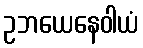
ဥဘယေနေဝါယံ